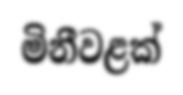
මිනීවළක්